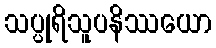
သပ္ပုရိသူပနိဿယော